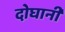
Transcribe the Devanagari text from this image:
दोघानी